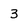
Character: 3